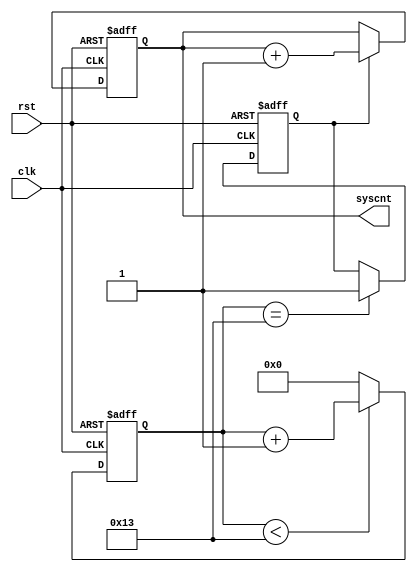
// This program was cloned from: https://github.com/MongooseOrion/FPGA_atoms
// License: MIT License

//
// 
//
//  20  100MHz 

module enfreq(
    input               clk,
    input               rst,
    output reg [3:0]    syscnt
);

parameter DIVCNT_MAX = 5'd19;

reg[4:0]    divcnt;
reg         clk_en;

/////////////////////////////////////////
//  20 
////////////////////////////////////////
always@(posedge clk or negedge rst)
begin
    if(!rst) begin
        divcnt <= 0;
    end
    else if(divcnt < DIVCNT_MAX) begin
        divcnt <= divcnt + 1'b1;
    end
    else begin
        divcnt <= 'b0;
    end
end

////////////////////////////////////////////
//  20  1 
///////////////////////////////////////////
always@(posedge clk or negedge rst)
begin
    if(!rst) begin
        clk_en <= 0;
    end
    else if(divcnt == DIVCNT_MAX) begin
        clk_en <= 1'b1;
    end
    else begin
        clk_en <= clk_en;
    end
end

////////////////////////////////////////////////////
// 
// syscnt  15 
///////////////////////////////////////////////////
always@(posedge clk or negedge rst)
begin
    if(!rst) begin
        syscnt <= 0;
    end
    else if(clk_en == 1'b1) begin
        syscnt <= syscnt + 1'b1;
    end
    else begin
        syscnt <= syscnt;
    end
end

endmodule